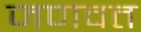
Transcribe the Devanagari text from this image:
जणवत